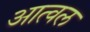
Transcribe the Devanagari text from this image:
आत्वल